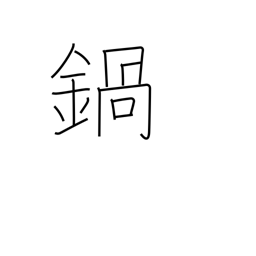
Meaning: pan